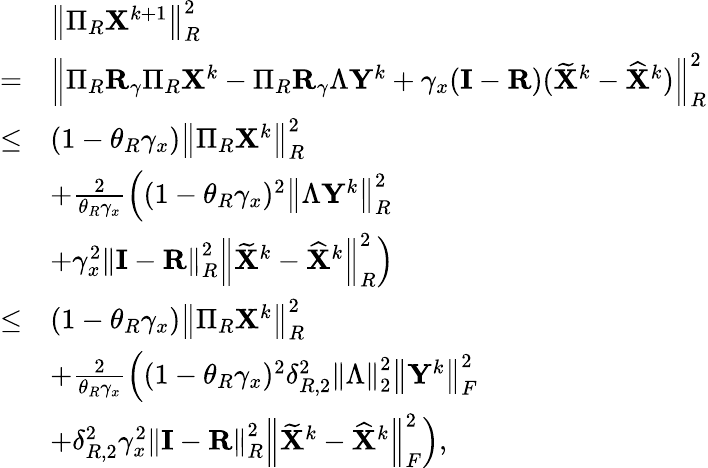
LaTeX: \begin{array}{rl}&{\left\| \Pi_{R}{\mathbf{X}}^{k+1}\right\| _{R}^{2}}\\ {=}&{\left\| \Pi_{R}{\mathbf{R}}_{\gamma}\Pi_{R}{\mathbf{X}}^{k}-\Pi_{R}{\mathbf{R}}_{\gamma}\Lambda{\mathbf{Y}}^{k}+\gamma_{x}({\mathbf{I}}-{\mathbf{R}})(\widetilde{{\mathbf{X}}}^{k}-\widehat{{\mathbf{X}}}^{k})\right\| _{R}^{2}}\\ {\leq}&{(1-\theta_{R}\gamma_{x})\left\| \Pi_{R}{\mathbf{X}}^{k}\right\| _{R}^{2}}\\ &{+\frac{2}{\theta_{R}\gamma_{x}}\Big((1-\theta_{R}\gamma_{x})^{2}\left\| \Lambda{\mathbf{Y}}^{k}\right\| _{R}^{2}}\\ &{+\gamma_{x}^{2}\left\| {\mathbf{I}}-{\mathbf{R}}\right\| _{R}^{2}\left\| \widetilde{{\mathbf{X}}}^{k}-\widehat{{\mathbf{X}}}^{k}\right\| _{R}^{2}\Big)}\\ {\leq}&{(1-\theta_{R}\gamma_{x})\left\| \Pi_{R}{\mathbf{X}}^{k}\right\| _{R}^{2}}\\ &{+\frac{2}{\theta_{R}\gamma_{x}}\Big((1-\theta_{R}\gamma_{x})^{2}\delta_{R,2}^{2}\left\| \Lambda\right\| _{2}^{2}\left\| {\mathbf{Y}}^{k}\right\| _{F}^{2}}\\ &{+\delta_{R,2}^{2}\gamma_{x}^{2}\left\| {\mathbf{I}}-{\mathbf{R}}\right\| _{R}^{2}\left\| \widetilde{{\mathbf{X}}}^{k}-\widehat{{\mathbf{X}}}^{k}\right\| _{F}^{2}\Big),}\end{array}